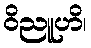
ဝိညူဟိ၊